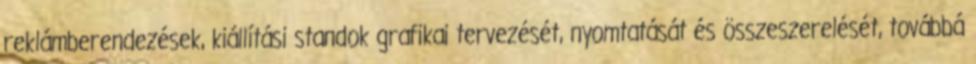
reklámberendezések, kiállítási standok grafikai tervezését, nyomtatását és összeszerelését, továbbá